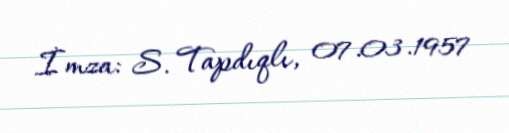
İmza: S. Tapdıqlı, 07.03.1957